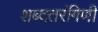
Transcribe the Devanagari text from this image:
शब्दतरंगिणी